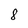
Character: 8